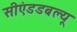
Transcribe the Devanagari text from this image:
सीएंडडबल्यू